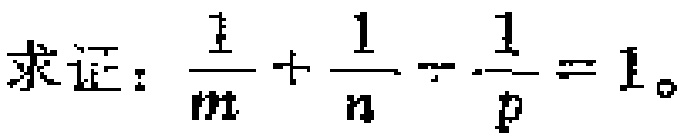
求证：\(\frac{1}{m}+\frac{1}{n}-\frac{1}{p}=1\)。